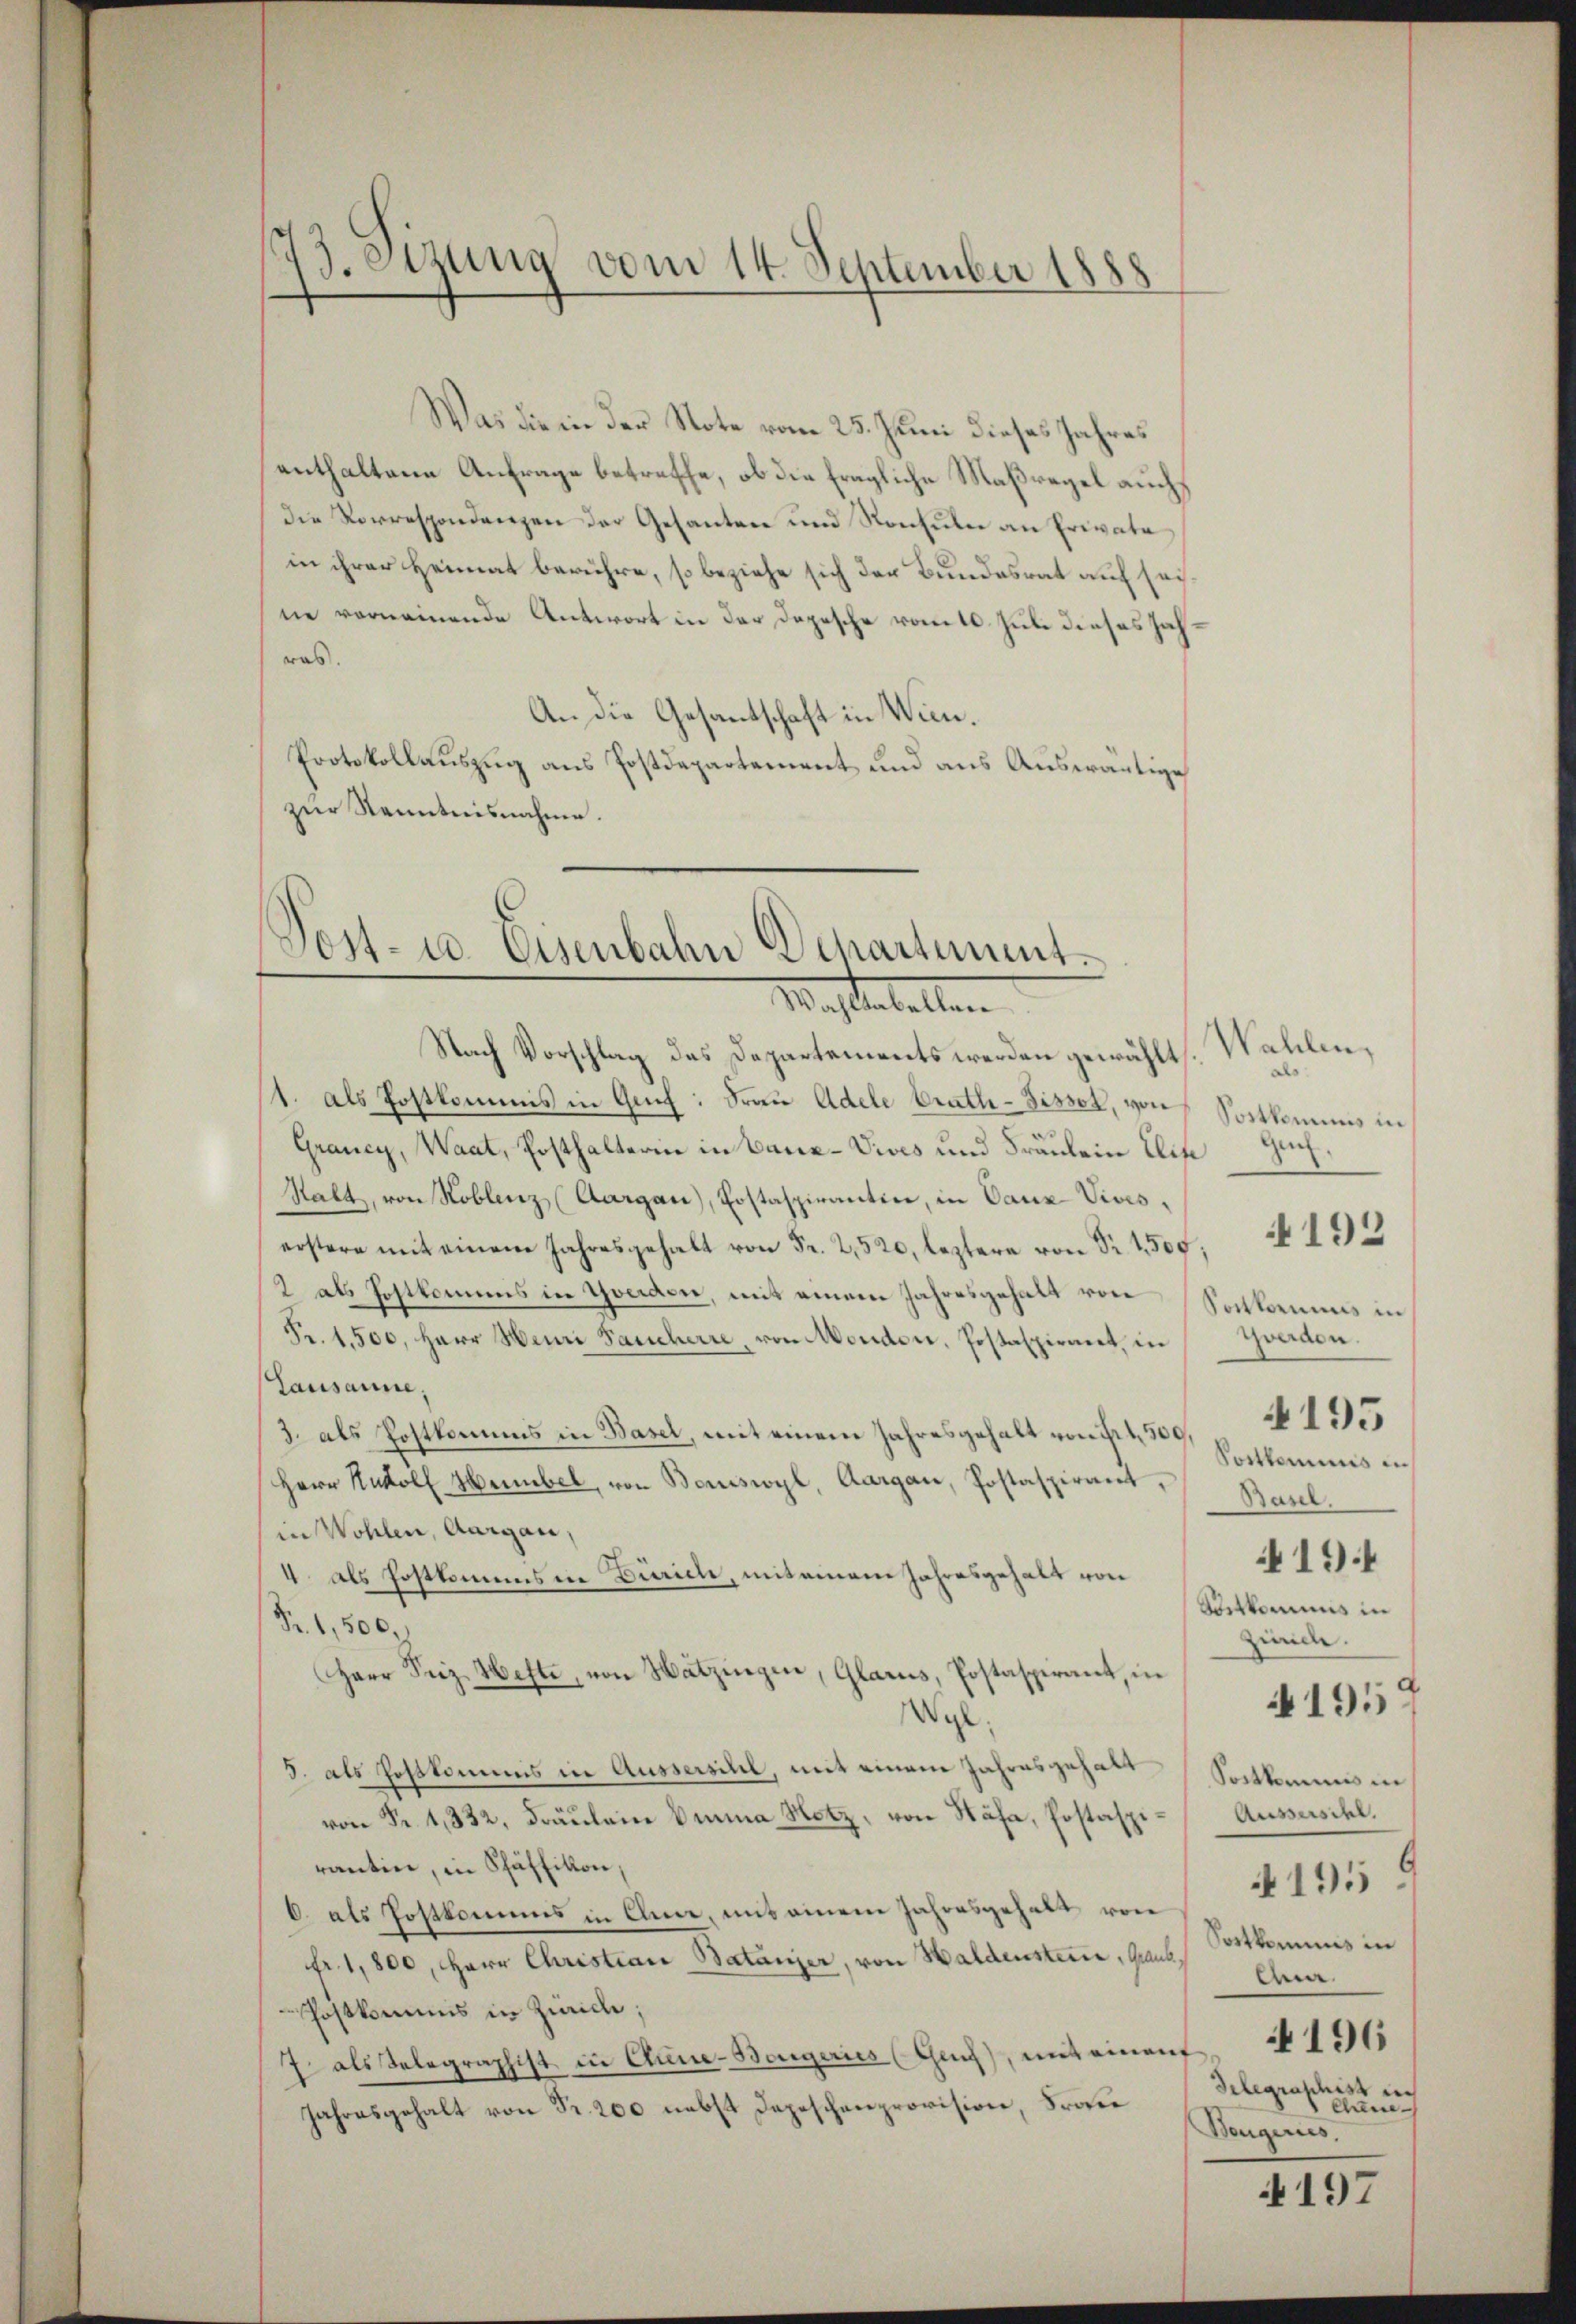
13. Sizung vom 14. September 1888

Was die in der Note vom 25. Juni dieses Jahres
enthaltene Anfrage betreffe, ob die fragliche Maßregel auch
die Korrespondenzen der Gesanten und Konsuln an Private
in ihrer Heimat berühre, so beziehe sich der Bundesrat auf seine verneinende Antwort in der Depesche vom 10. Juli dieses so
was.
An die Gesandtschaft in Wien.
Protokollauszug aus Postdepartement und aus Auswärtige
zur Kenntnisnahme.

Post- u. Eisenbahn Departement.
Maßstabellen

Nach Vorschlag des Departements werden gewählt. Wahlen,
1. als Postkommis in Guif: Frau Adele Prath-Sisser, von Sortkommnis in
Grancy, Waat, Posthalterin in Tanz-Vives und Fräulein Elis
Halt, von Koblenz (Aargau), Postaspiranten, in Ganz Vives,
erstere mit einem Jahresgehalt von Fr. 2,520, leztere von Sr. 1500,
2 als Postkommis in Yverden, mit einem Jahresgehalt von Sachkommnis in
Fr. 1,500, Herr Hani Sancherre, von Monden, Postaspirant, in Yverden.
Lausanne,
3. als Postkommis in Basel, mit einem Jahresgehalt von ist 4500,
Herr Rudolf Hebel, von Boniswyl, Aargau, Postaspirant,
in Wohlen, Aargau,
4. als Postkommis in Zürich, mit einem Jahresgehalt von
Fr. 1,500.
Herr Friz Hefte, von Hatzingen, Glarus, Postaspirant, in
Wyl.
5. als Hoftkommis in Aussersihl, mit einem Jahresgehalt Sachkommis in
von Fr. 1332, Fräŭlein Emma Notz, von Nähe, Postaspi- Aussersihl.
rantin, in Pfäffikon,
6. als Postkommis in Anne, mit einem Jahresgehalt von
fr. 1,800, Herr Christian Batanzer, von Haldensteine, Graub
Postkommis in Zürich;
7 als Telegraphist in Chine-Bergeries (Genf), mit einan
Jahresgehalt von Fr. 200 nebst Depeschenprovision, Prote

Gech.
4195
Portkommis in
Basel.
4194
Sortkommis in
Zweide.

4192

41959

419
Sortkommis in
Ana
196
Gelegraphist in
Arne
Bengeries

197